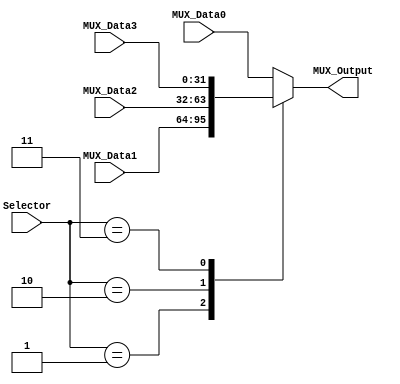

//
module Multiplexer4to1
#(
	parameter NBits=32
)
(
	input [1:0] Selector,
	input [NBits-1:0] MUX_Data0,
	input [NBits-1:0] MUX_Data1,
	input [NBits-1:0] MUX_Data2,
	input [NBits-1:0] MUX_Data3,
	output reg [NBits-1:0] MUX_Output

);

	always@(Selector,MUX_Data3,MUX_Data2,MUX_Data1,MUX_Data0) begin
		case(Selector)
			2'b01:		MUX_Output = MUX_Data1;
			2'b10:		MUX_Output = MUX_Data2;
			2'b11:		MUX_Output = MUX_Data3;
			default:		MUX_Output = MUX_Data0;
		endcase
	end

endmodule//